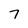
Character: 7